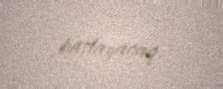
başlayacaq.